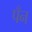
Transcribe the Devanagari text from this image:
पँन